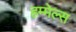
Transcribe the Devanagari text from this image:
हम्मेल्स